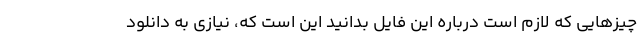
چیزهایی که لازم است درباره این فایل بدانید این است که، نیازی به دانلود